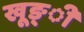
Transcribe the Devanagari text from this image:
खूङ्ी